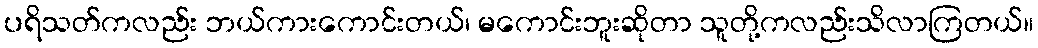
ပရိသတ်ကလည်း ဘယ်ကားကောင်းတယ်၊ မကောင်းဘူးဆိုတာ သူတို့ကလည်းသိလာကြတယ်။